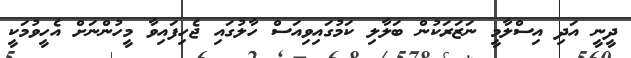
ދީނީ އަދި އިސްލާމީ ނަޒަރަަކުން ބަލާލި ކަމުގައިވިއަސް ހާލުގައި ޖެހިފައިވާ މީހުންނަށް އެހީވުމަކީ